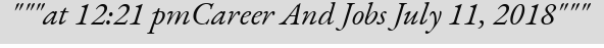
"""at 12:21 pmCareer And Jobs July 11, 2018"""